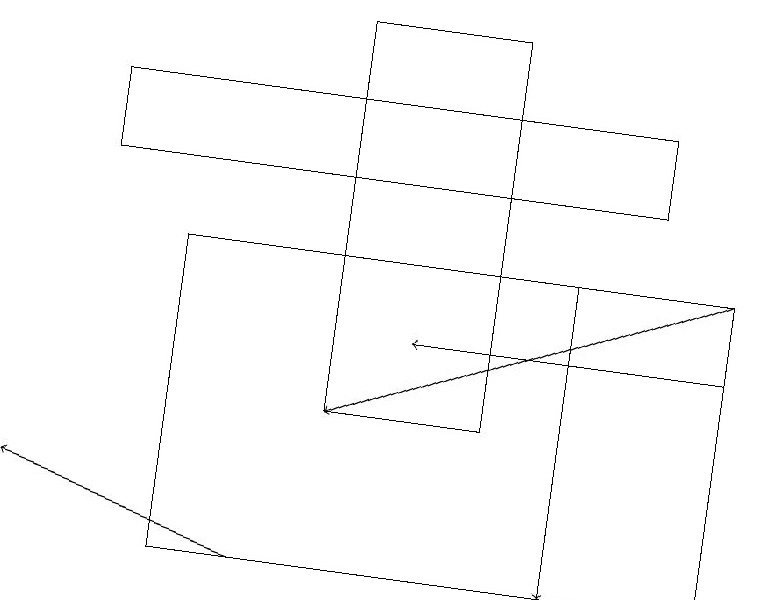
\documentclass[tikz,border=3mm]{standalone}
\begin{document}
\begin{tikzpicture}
\draw[->] (7,15) -- (7,11);
\draw[->] (3,11) -- (0,12);
\draw[->] (9,14) -- (5,14);
\draw (6,13) rectangle (4,18);
\draw[->] (9,15) -- (4,13);
\draw (9,11) rectangle (2,15);
\draw (1,17) rectangle (8,16);
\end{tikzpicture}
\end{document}